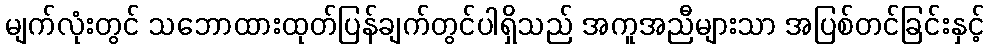
မျက်လုံးတွင် သဘောထားထုတ်ပြန်ချက်တွင်ပါရှိသည် အကူအညီများသာ အပြစ်တင်ခြင်းနှင့်